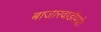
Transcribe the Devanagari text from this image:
बाजारवाडीपर्यंत